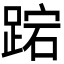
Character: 𮛬